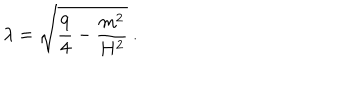
\lambda = \sqrt { \frac { 9 } { 4 } - \frac { m ^ { 2 } } { H ^ { 2 } } } \ .